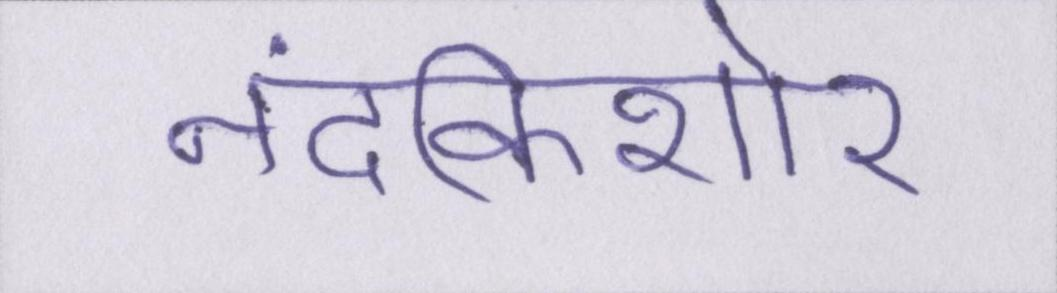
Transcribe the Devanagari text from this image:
नंदकिशोर